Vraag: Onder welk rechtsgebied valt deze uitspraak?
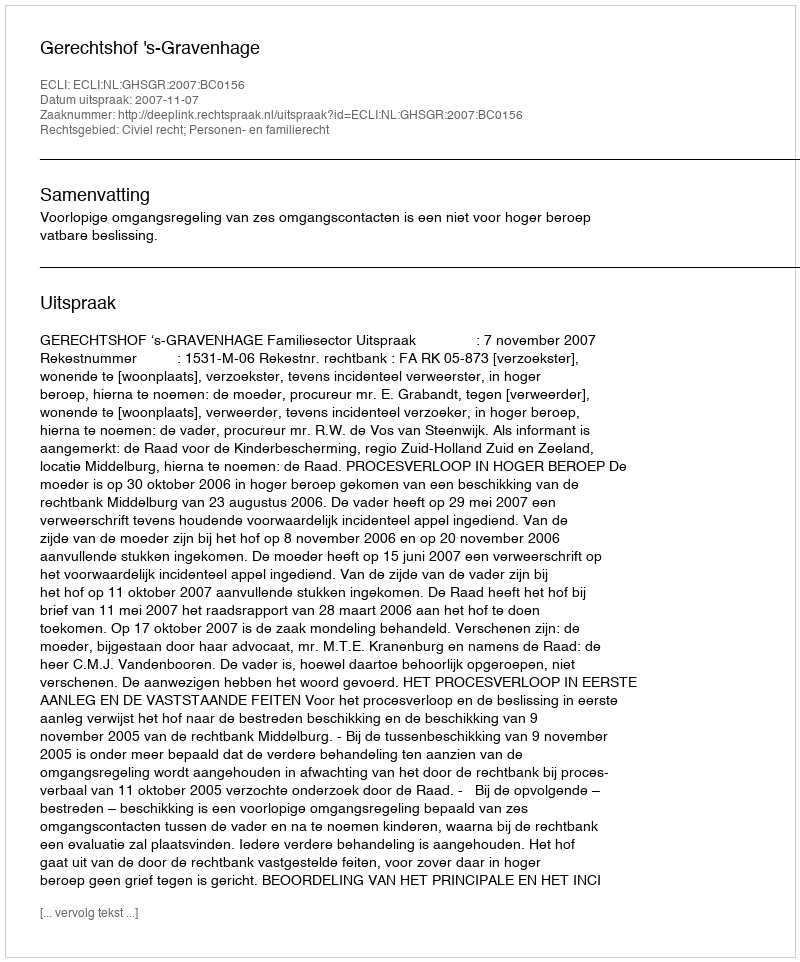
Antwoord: Civiel recht; Personen- en familierecht